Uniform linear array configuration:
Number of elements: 8
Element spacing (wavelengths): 0.5
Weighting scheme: hann
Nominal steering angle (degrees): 15
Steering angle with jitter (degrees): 15.594
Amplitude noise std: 0.05
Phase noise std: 0.05

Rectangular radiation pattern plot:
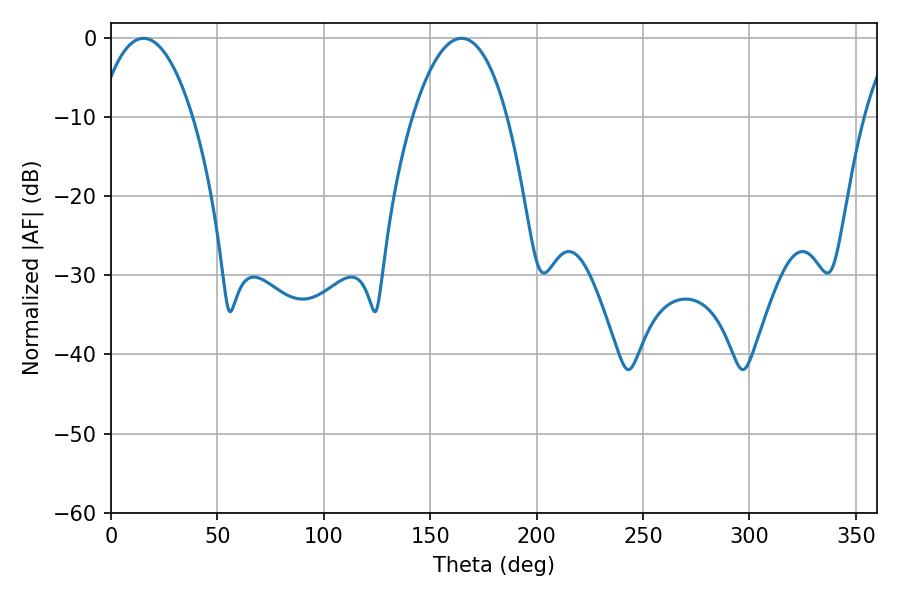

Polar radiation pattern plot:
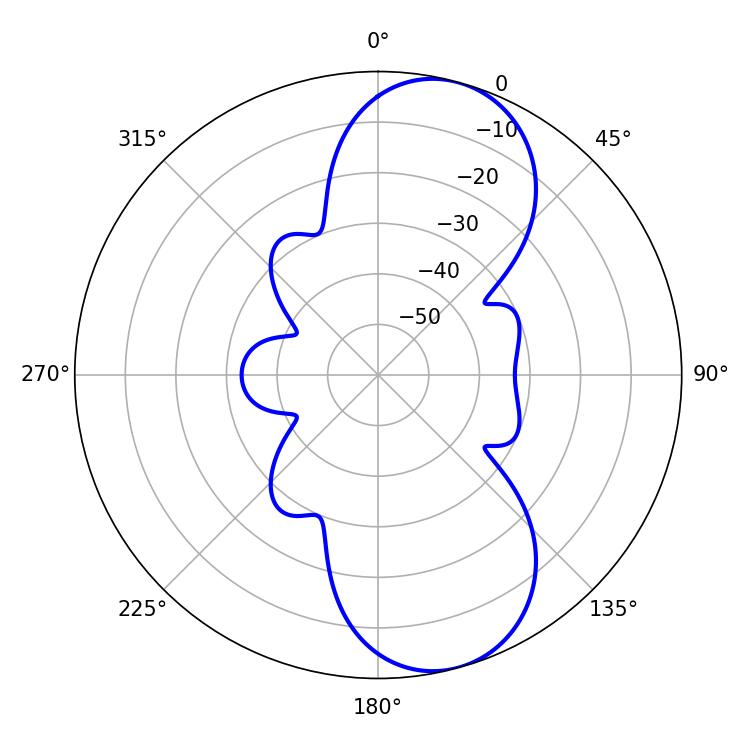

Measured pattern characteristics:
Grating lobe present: FALSE
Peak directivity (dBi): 9.115
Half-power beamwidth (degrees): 24.66
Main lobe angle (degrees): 15.3